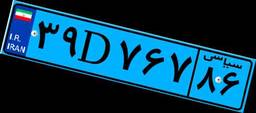
۷۴D۷۹۵۱۱